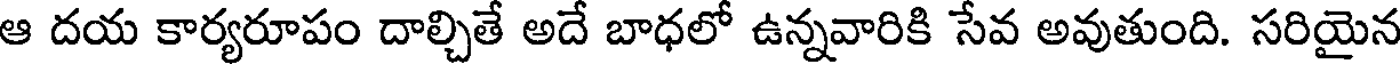
ఆ దయ కార్యరూపం దాల్చితే అదే బాధలో ఉన్నవారికి సేవ అవుతుంది. సరియైన